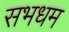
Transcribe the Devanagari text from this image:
सभधम